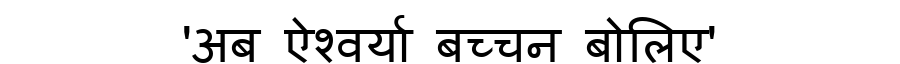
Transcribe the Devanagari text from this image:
'अब ऐश्वर्या बच्चन बोलिए'